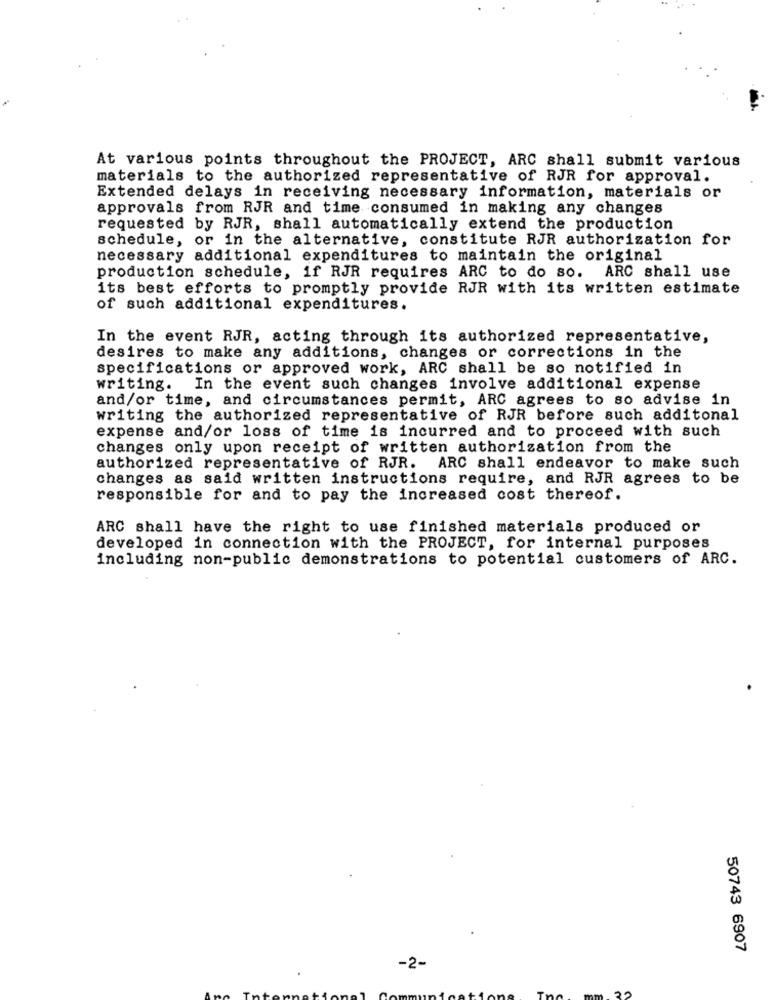
At various points throughout the PROJECT, ARC shall submit various
materials to the authorized representative of RJR for approval.
Extended delays in receiving necessary information, materials or
approvals from RJR and time consumed in making any changes
requested by RJR, shall automatically extend the production
schedule, or in the alternative, constitute RJR authorization for
necessary additional expenditures to maintain the original
production schedule, if RJR requires ARC to do so. ARC shall use
its best efforts to promptly provide RJR with its written estimate
of such additional expenditures.
In the event RJR, acting through its authorized representative,
desires to make any additions, changes or corrections in the
specifications or approved work, ARC shall be so notified in
writing. In the event such changes involve additional expense
and/or time, and circumstances permit, ARC agrees to so advise in
writing the authorized representative of RJR before such additonal
expense and/or loss of time is incurred and to proceed with such
changes only upon receipt of written authorization from the
authorized representative of RJR. ARC shall endeavor to make such
changes as said written instructions require, and RJR agrees to be
responsible for and to pay the increased cost thereof.
ARC shall have the right to use finished materials produced or
developed in connection with the PROJECT, for internal purposes
including non-public demonstrations to potential customers of ARC.
50743 6907
-2-